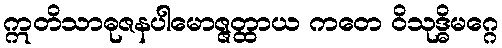
ဣတိသာဓုဇနပါမောဇ္ဇတ္ထာယ ကတေ ဝိသုဒ္ဓိမဂ္ဂေ